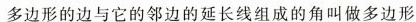
多边形的边与它的邻边的延长线组成的角叫做多边形